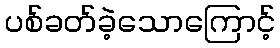
ပစ်ခတ်ခဲ့သောကြောင့်